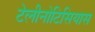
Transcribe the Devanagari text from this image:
टेलीनोटिसियास